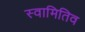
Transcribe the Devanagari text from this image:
स्वामितिव